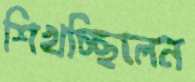
শিখচ্ছিলেন